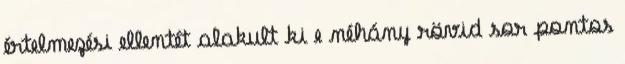
értelmezési ellentét alakult ki e néhány rövid sor pontos